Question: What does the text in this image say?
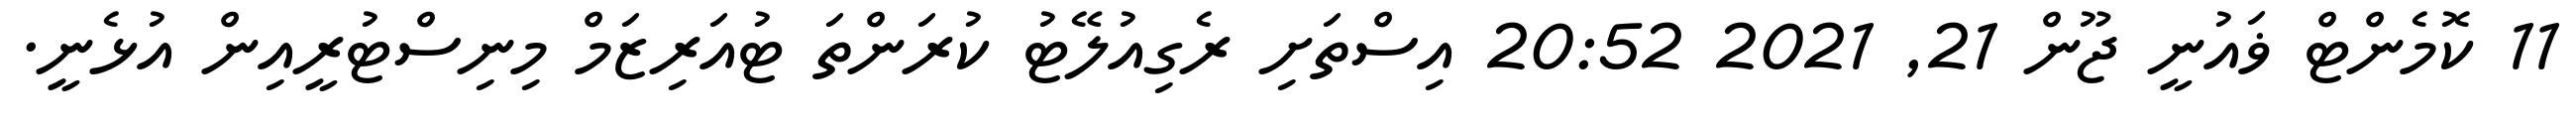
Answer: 11 ކޮމެންޓް ޥައުނީ ޖޫން 21, 2021 20:52 އިސްތަށި ރެގިއުލޭޓު ކުރަންތަ ޓުއަރިޒަމް މިނިސްޓުރީއިން އުޅެނީ.